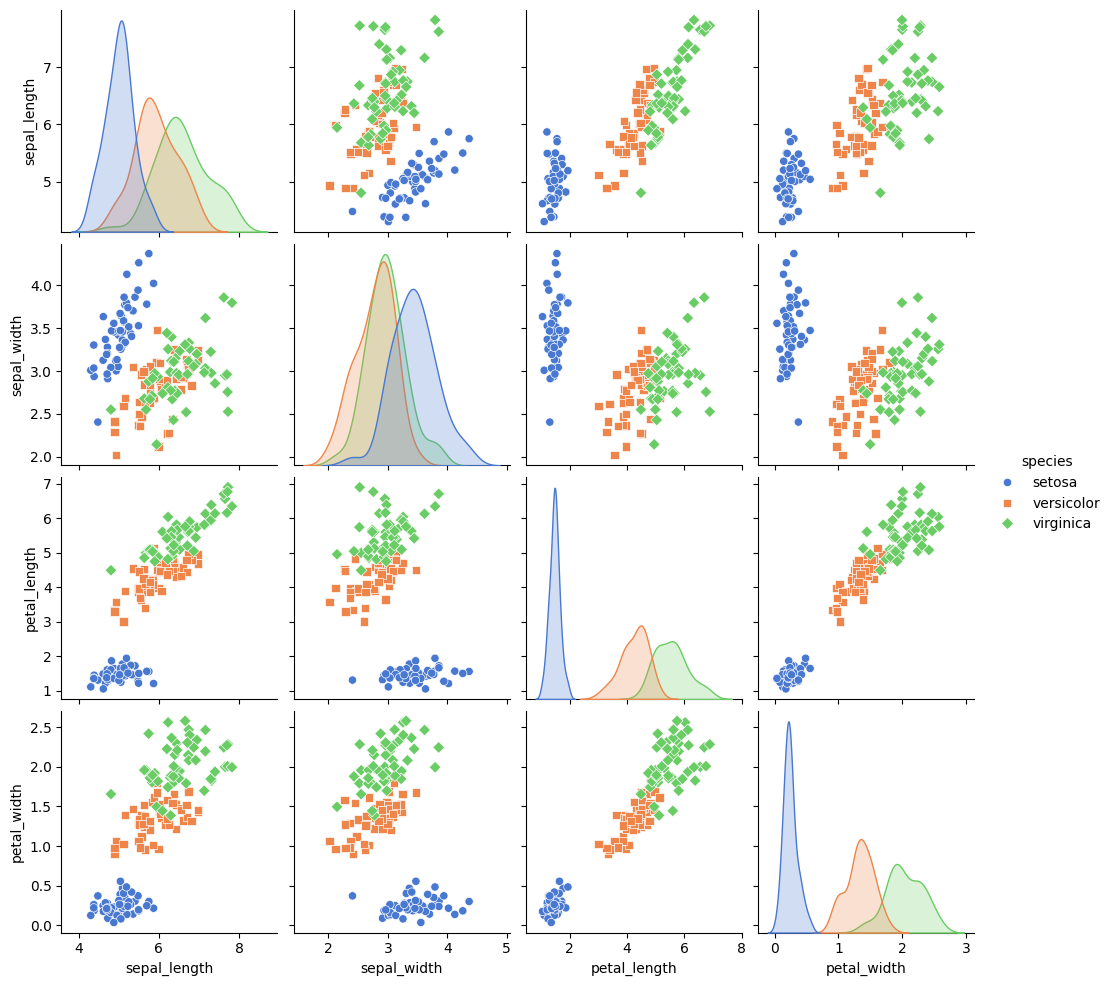
python, seaborn, pairplot, palette='muted', markers=['o', 's', 'D'], kind='scatter', diag_kind='kde'